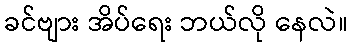
ခင်ဗျား အိပ်ရေး ဘယ်လို နေလဲ။